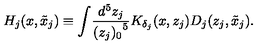
H _ { j } ( x , \tilde { x } _ { j } ) \equiv \int \! \frac { d ^ { 5 } z _ { j } } { { ( z _ { j } ) _ { 0 } } ^ { 5 } } K _ { \delta _ { j } } ( x , z _ { j } ) D _ { j } ( z _ { j } , \tilde { x } _ { j } ) .